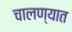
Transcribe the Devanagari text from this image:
चालण्यात